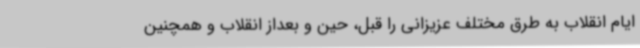
ایام انقلاب به طرق مختلف عزیزانی را قبل، حین و بعداز انقلاب و همچنین